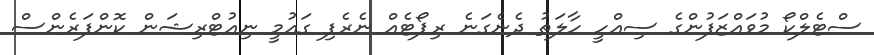
ސްޓެލްކޯ މުވައްޒަފުންގެ ސިއްހީ ހާލަތު ދެނެގަނެ ރިޕޯޓެއް ނެރެފި ގައުމީ ނިއުޓްރިޝަން ކޮންފަރެންސް